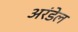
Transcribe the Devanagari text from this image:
अरंडेल